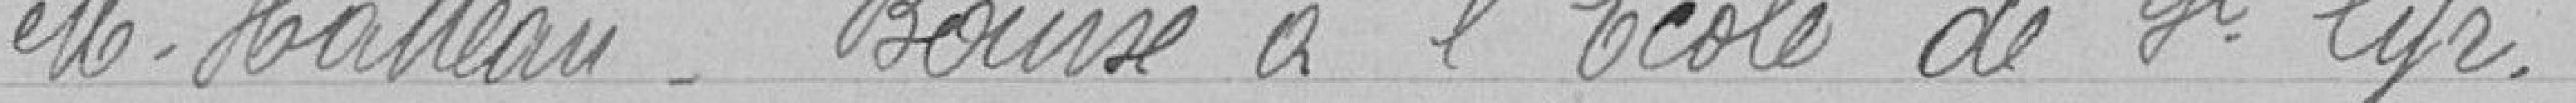
Monsieur Hatteau. Bourse à l’École de Saint Cyr.